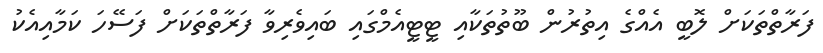
ފަރާތްތަކަށް ލޮބީ އެއްގެ އިތުރުން ބޫތުތަކާއި ޓީޓީއެމްގައި ބައިވެރިވާ ފަރާތްތަކަށް ފަސޭހަ ކަމާއިއެކު